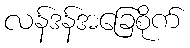
လန်ဒန်အခြေစိုက်